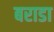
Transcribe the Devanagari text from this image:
बराडा